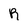
Character: R